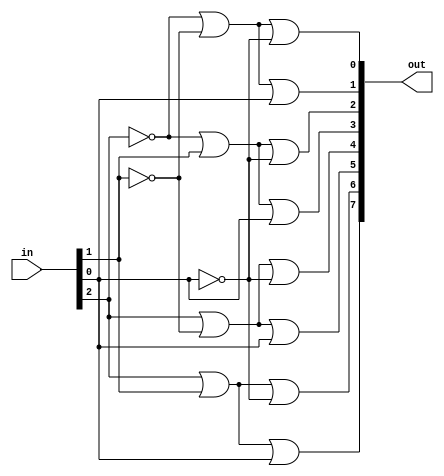
module Decode3x8(
      input [2:0] in,
      output[7:0] out
    );

    or r0(out[0],~in[2],~in[1],~in[0]);
    or r1(out[1],~in[2],~in[1], in[0]);
    or r2(out[2],~in[2], in[1],~in[0]);
    or r3(out[3],~in[2], in[1], in[0]);
    or r4(out[4], in[2],~in[1],~in[0]);
    or r5(out[5], in[2],~in[1], in[0]);
    or r6(out[6], in[2], in[1],~in[0]);
    or r7(out[7], in[2], in[1], in[0]);

endmodule